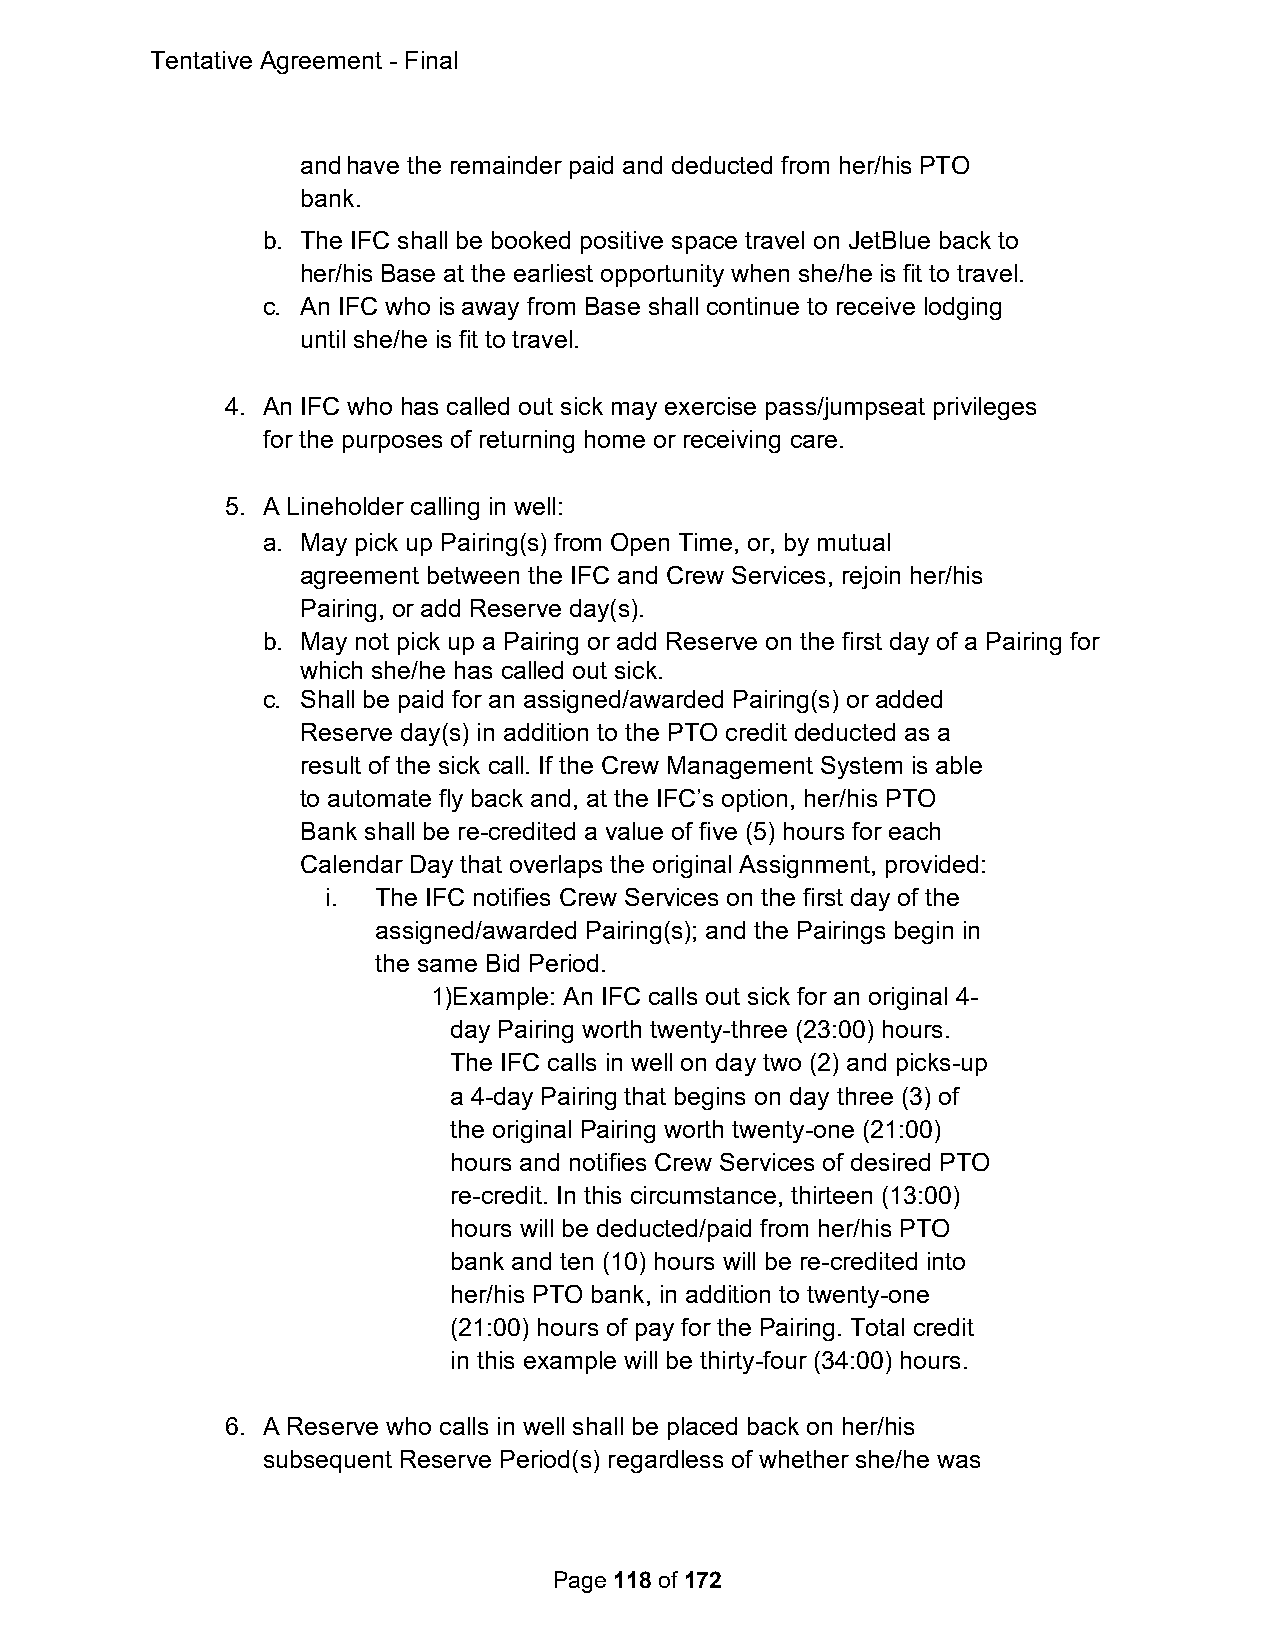
Tentative Agreement - Final
 and have the remainder paid and deducted from her/his PTO
 bank.
 b. The IFC shall be booked positive space travel on JetBlue back to
 her/his Base at the earliest opportunity when she/he is fit to travel.
 c. An IFC who is away from Base shall continue to receive lodging
 until she/he is fit to travel.
 4. An IFC who has called out sick may exercise pass/jumpseat privileges
 for the purposes of returning home or receiving care.
 5. A Lineholder calling in well:
 a. May pick up Pairing(s) from Open Time, or, by mutual
 agreement between the IFC and Crew Services, rejoin her/his
 Pairing, or add Reserve day(s).
 b. May not pick up a Pairing or add Reserve on the first day of a Pairing for
 which she/he has called out sick.
 c. Shall be paid for an assigned/awarded Pairing(s) or added
 Reserve day(s) in addition to the PTO credit deducted as a
 result of the sick call. If the Crew Management System is able
 to automate fly back and, at the IFC’s option, her/his PTO
 Bank shall be re-credited a value of five (5) hours for each
 Calendar Day that overlaps the original Assignment, provided:
 i. The IFC notifies Crew Services on the first day of the
 assigned/awarded Pairing(s); and the Pairings begin in
 the same Bid Period.
 1)E xample: An IFC calls out sick for an original 4-
 day Pairing worth twenty-three (23:00) hours.
 The IFC calls in well on day two (2) and picks-up
 a 4-day Pairing that begins on day three (3) of
 the original Pairing worth twenty-one (21:00)
 hours and notifies Crew Services of desired PTO
 re-credit. In this circumstance, thirteen (13:00)
 hours will be deducted/paid from her/his PTO
 bank and ten (10) hours will be re-credited into
 her/his PTO bank, in addition to twenty-one
 (21:00) hours of pay for the Pairing. Total credit
 in this example will be thirty-four (34:00) hours.
 6. A Reserve who calls in well shall be placed back on her/his
 subsequent Reserve Period(s) regardless of whether she/he was
 Page 118 of 172